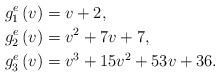
LaTeX: \begin{align*}g_{1}^{e}\left( v\right) & =v+2,\\g_{2}^{e}\left( v\right) & =v^{2}+7v+7,\\g_{3}^{e}\left( v\right) & =v^{3}+15v^{2}+53v+36.\end{align*}